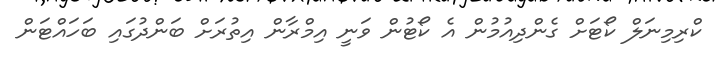
ކްރިމިނަލް ކޯޓަށް ގެންދިއުމުން އެ ކޯޓުން ވަނީ އިމްރާން އިތުރަށް ބަންދުގައި ބަހައްޓަން